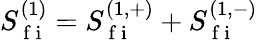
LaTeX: S_{\mathrm{~f~i~}}^{(1)}=S_{\mathrm{~f~i~}}^{(1,+)}+S_{\mathrm{~f~i~}}^{(1,-)}